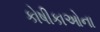
કોષીકાઓના